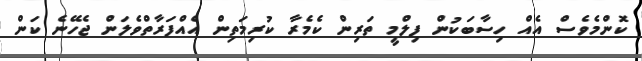
ކޮންމެވެސް އެއް ހިސާބަކުން ފިލްމީ ތަރިން ކެމެރާ ކުރިމަތިން އެއްފަރާތްވެލަން ޖެހޭނެ ކަން